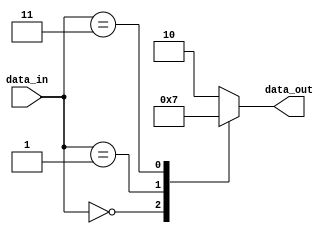
module encoder
(
    input [3:0] data_in,
    output reg [1:0] data_out
);

always @*
begin
    case(data_in)
        4'b0000: data_out = 2'b00;
        4'b0001: data_out = 2'b01;
        4'b0010: data_out = 2'b10;
        4'b0011: data_out = 2'b11;
        default: data_out = 2'b10; // default encoding scheme
    endcase
end

endmodule